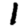
Digit: 1